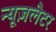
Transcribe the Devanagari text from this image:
न्यूज़लैटर